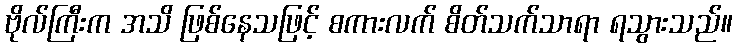
ဗိုလ်ကြီးက အသိ ဖြစ်နေသဖြင့် စကားလက် စိတ်သက်သာရာ ရသွားသည်။